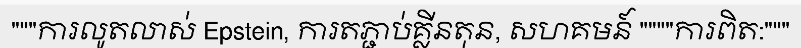
"""ការលូតលាស់ Epstein, ការតភ្ជាប់គ្លីនតុន, សហគមន៍ """"ការពិត:"""